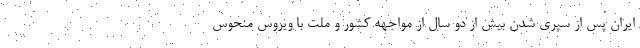
ایران پس از سپری شدن بیش از دو سال از مواجهه کشور و ملت با ویروس منحوس